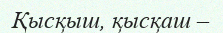
Қысқыш, қысқаш –